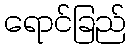
ရောင်ခြည်